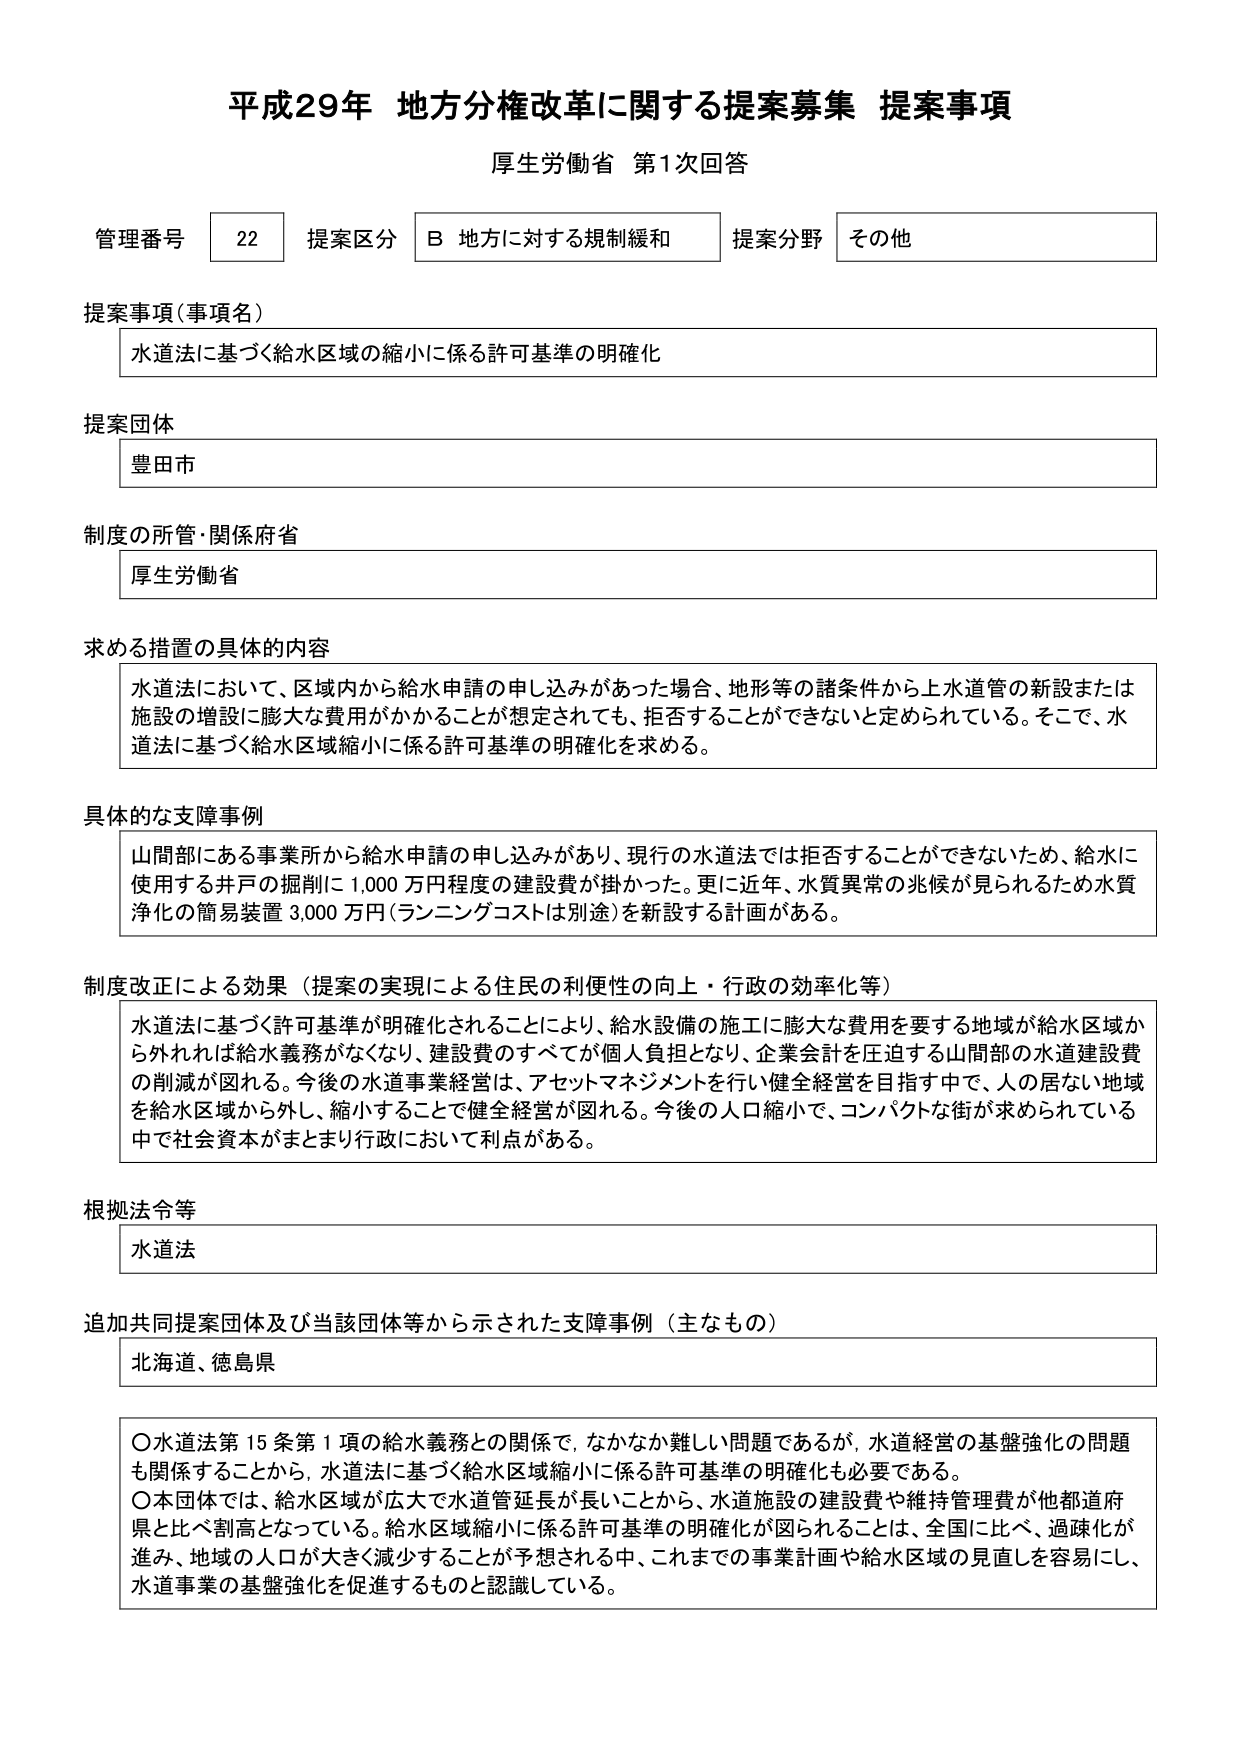
平成29年 地方分権改革に関する提案募集 提案事項
厚生労働省 第1次回答

管理番号 22 提案区分 B 地方に対する規制緩和 提案分野 その他

提案事項（事項名）
水道法に基づく給水区域の縮小に係る許可基準の明確化

提案団体
豊田市

制度の所管・関係府省
厚生労働省

求める措置の具体的内容
水道法において、区域内から給水申請の申し込みがあった場合、地形等の諸条件から上水道管の新設または施設の増設に膨大な費用がかかることを想定されても、拒否することができないと定められている。そこで、水道法に基づく給水区域縮小に係る許可基準の明確化を求める。

具体的な支障事例
山間部にある事業所から給水申請の申し込みがあり、現行の水道法では拒否することができないため、給水に使用する井戸の掘削に1,000万円程度の建設費が掛かった。更に近年、水質異常の兆候が見られるため水質浄化の簡易装置3,000万円（ランニングコストは別途）を新設する計画がある。

制度改正による効果（提案の実現による住民の利便性の向上・行政の効率化等）
水道法に基づく許可基準が明確化されることにより、給水設備の施工に膨大な費用を要する地域が給水区域から外れれば給水義務がなくなり、建設費のすべてが個人負担となり、企業会計を圧迫する山間部の水道建設費の削減が図れる。今後の水道事業経営は、アセットマネジメントを行い健全経営を目指す中で、人の居ない地域を給水区域から外し、縮小することで健全経営が図れる。今後の人口縮小で、コンパクトな街が求められている中で社会資本がまとまり行政において利点がある。

根拠法令等
水道法

追加共同提案団体及び当該団体等から示された支障事例（主なもの）
北海道、徳島県

〇水道法第15条第1項の給水義務との関係で、なかなか難しい問題であるが、水道経営の基盤強化の問題も関係することから、水道法に基づく給水区域縮小に係る許可基準の明確化も必要である。
〇本団体では、給水区域が広大で水道管延長が長いことから、水道施設の建設費や維持管理費が他都道府県と比べて割高となっている。給水区域縮小に係る許可基準の明確化が図られることは、全国に比べ、過疎化が進み、地域の人口が大きく減少することが予想される中、これまでの事業計画や給水区域の見直しを容易にし、水道事業の基盤強化を促進するものと認識している。